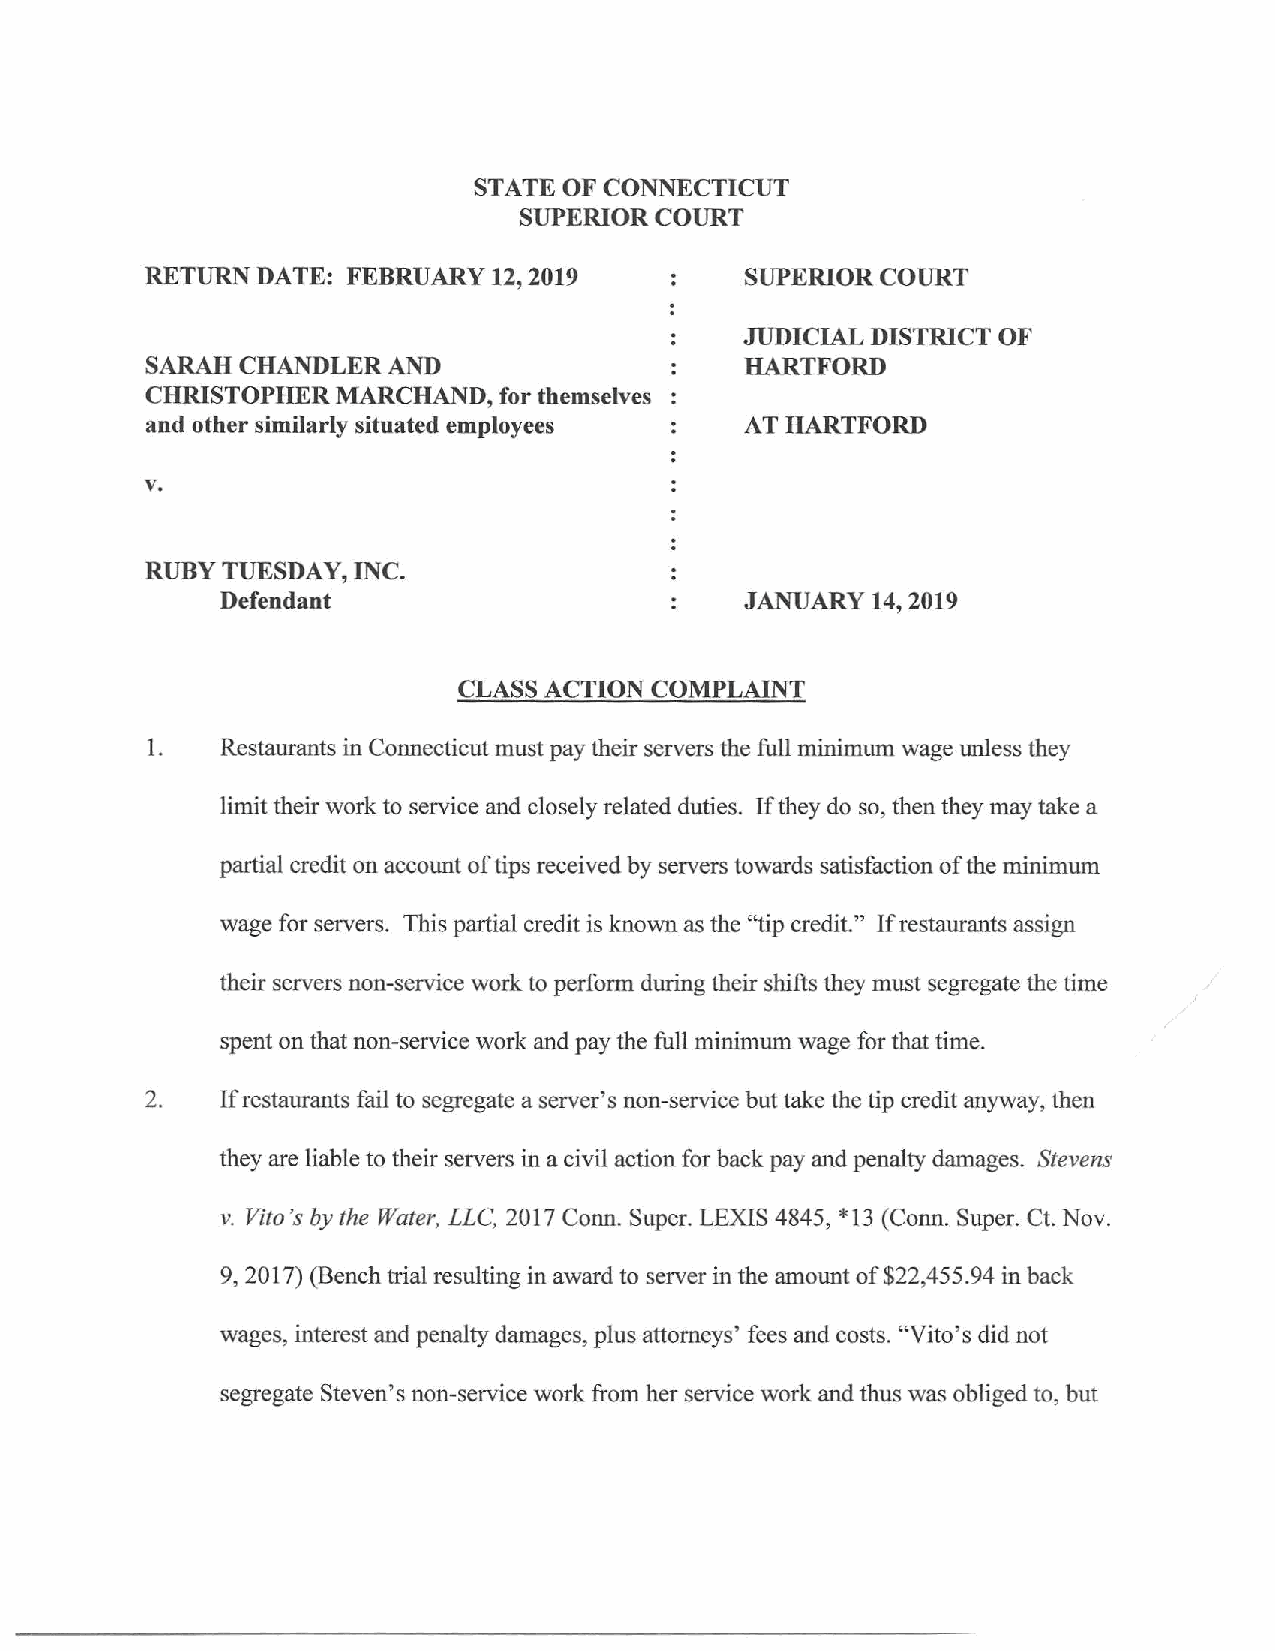
STATE OF CONNECTICUT
 SUPERIOR COURT
 RETURN DATE: FEBRUARY  12, 2019        SUPERIOR COURT
 JUDICIAL DISTRICT OF
 SARAH CHANDLER  AND                    HARTFORD
 CHRISTOPHER MARCHAND,  for themselves
 and other similarly situated employees AT HARTFORD
 v.
 RUBY TUESDAY, INC.
 Defendant                         JANUARY  14, 2019
 CLASS ACTION COMPLAINT
 1.   Restaurants in Connecticut must pay their servers the full minimum wage unless they
 limit their work to service and closely related duties. If they do so, then they may take a
 partial credit on account of tips received by servers towards satisfaction of the minimum
 wage for servers. This partial credit is known as the "tip credit." lfrestaurants assign
 their servers non-service work to perform during their shifts they must segregate the time
 spent on that non-service work and pay the full minimum wage for that time.
 2.   If restaurants fail to segregate a server's non-service but take the tip credit anyway, then
 they are liable to their servers in a civil action for back pay and penalty damages. Stevens
 v. Vito's by the Water, LLC, 2017 Conn. Super. LEXIS 4845, * 13 (Conn. Super. Ct. Nov.
 9, 2017) (Bench trial resulting in award to server in the amount of $22,455.94 in back
 wages, interest and penalty damages, plus attorneys' fees and costs. "Vito's did not
 segregate Steven's non-service work from her service work and thus was obliged to, but